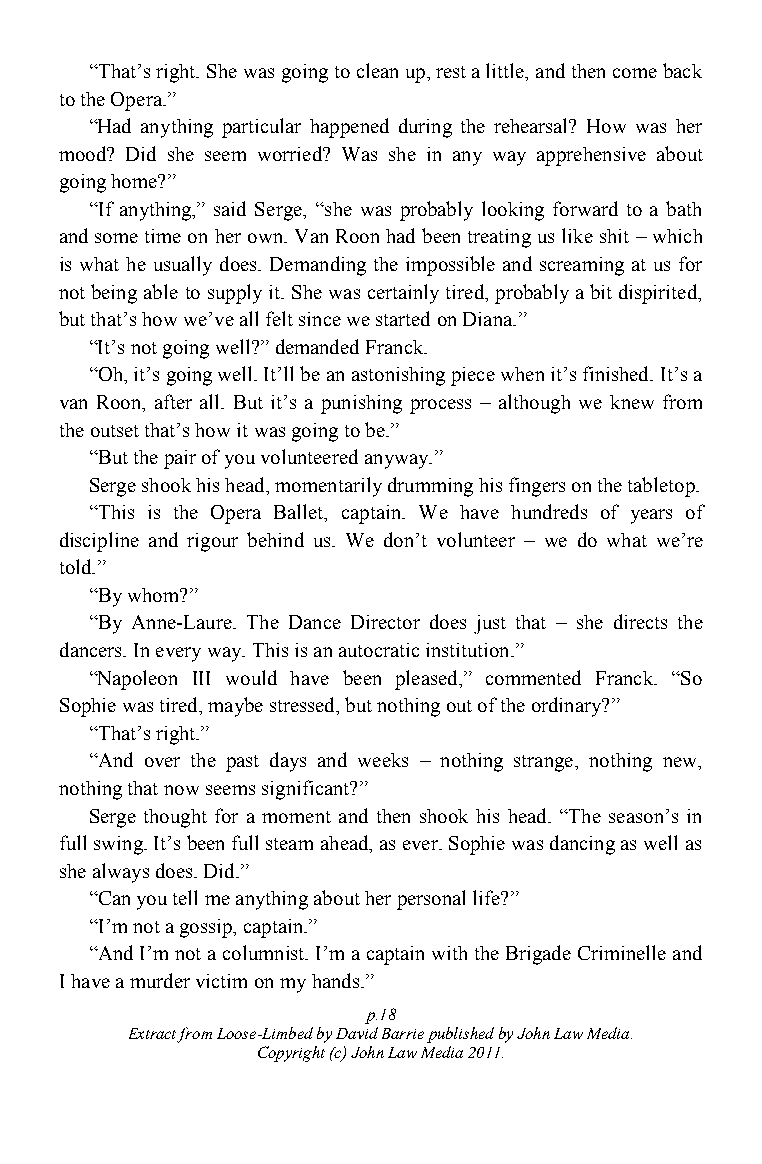
“That‟s right. She was going to clean up, rest a little, and then come back
 to the Opera.”
 “Had anything particular happened during the rehearsal? How was her
 mood? Did she seem worried? Was she in any way apprehensive about
 going home?”
 “If anything,” said Serge, “she was probably looking forward to a bath
 and some time on her own. Van Roon had been treating us like shit – which
 is what he usually does. Demanding the impossible and screaming at us for
 not being able to supply it. She was certainly tired, probably a bit dispirited,
 but that‟s how we‟ve all felt since we started on Diana.”
 “It‟s not going well?” demanded Franck.
 “Oh, it‟s going well. It‟ll be an astonishing piece when it‟s finished. It‟s a
 van Roon, after all. But it‟s a punishing process – although we knew from
 the outset that‟s how it was going to be.”
 “But the pair of you volunteered anyway.”
 Serge shook his head, momentarily drumming his fingers on the tabletop.
 “This is the Opera Ballet, captain. We have hundreds of years of
 discipline and rigour behind us. We don‟t volunteer – we do what we‟re
 told.”
 “By whom?”
 “By Anne-Laure. The Dance Director does just that – she directs the
 dancers. In every way. This is an autocratic institution.”
 “Napoleon III would have been pleased,” commented Franck. “So
 Sophie was tired, maybe stressed, but nothing out of the ordinary?”
 “That‟s right.”
 “And over the past days and weeks – nothing strange, nothing new,
 nothing that now seems significant?”
 Serge thought for a moment and then shook his head. “The season‟s in
 full swing. It‟s been full steam ahead, as ever. Sophie was dancing as well as
 she always does. Did.”
 “Can you tell me anything about her personal life?”
 “I‟m not a gossip, captain.”
 “And I‟m not a columnist. I‟m a captain with the Brigade Criminelle and
 I have a murder victim on my hands.”
 p.18
 Extract from Loose-Limbed by David Barrie published by John Law Media.
 Copyright (c) John Law Media 2011.